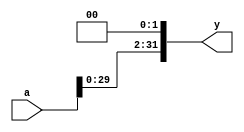
`timescale 1ns / 1ps
//////////////////////////////////////////////////////////////////////////////////
// Company: 
// Engineer: 
// 
// Design Name: 
// Module Name: sl2
// Project Name: 
// Target Devices: 
// Tool Versions: 
// Description: 
// 
// Dependencies: 
// 
// Revision:
// Revision 0.01 - File Created
// Additional Comments:
// 
//////////////////////////////////////////////////////////////////////////////////


module sl2(a, y);
  input [31:0] a;
  output [31:0] y;
  assign y = {a[29:0], 2'b00};
endmodule